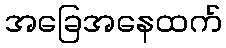
အခြေအနေထက်